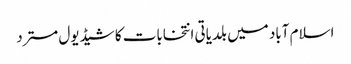
اسلام آباد میں بلدیاتی انتخابات کا شیڈیول مسترد